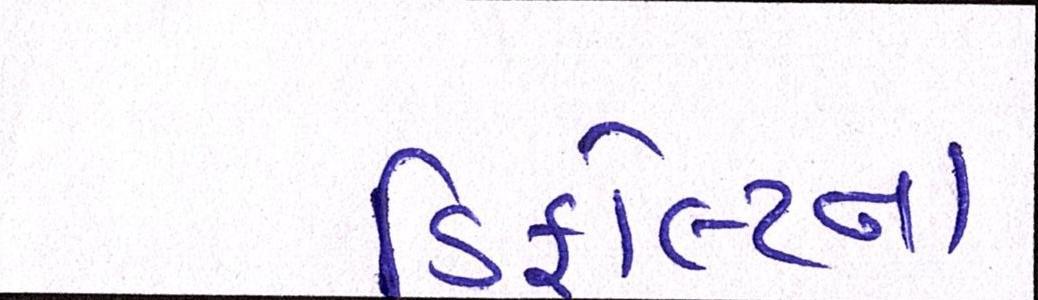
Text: ડિફોલ્ટના